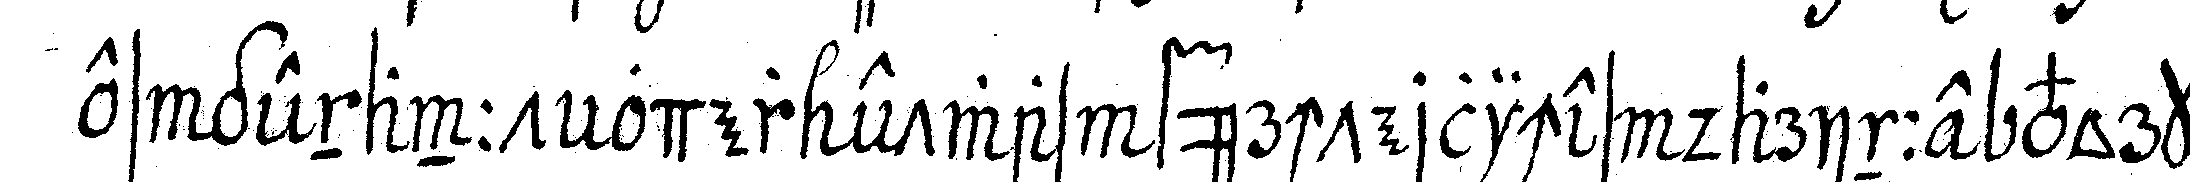
es genannt oder etwas fürchterliches darinne vorko